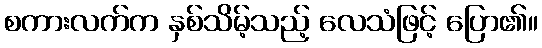
စကားလက်က နှစ်သိမ့်သည့် လေသံဖြင့် ပြော၏။